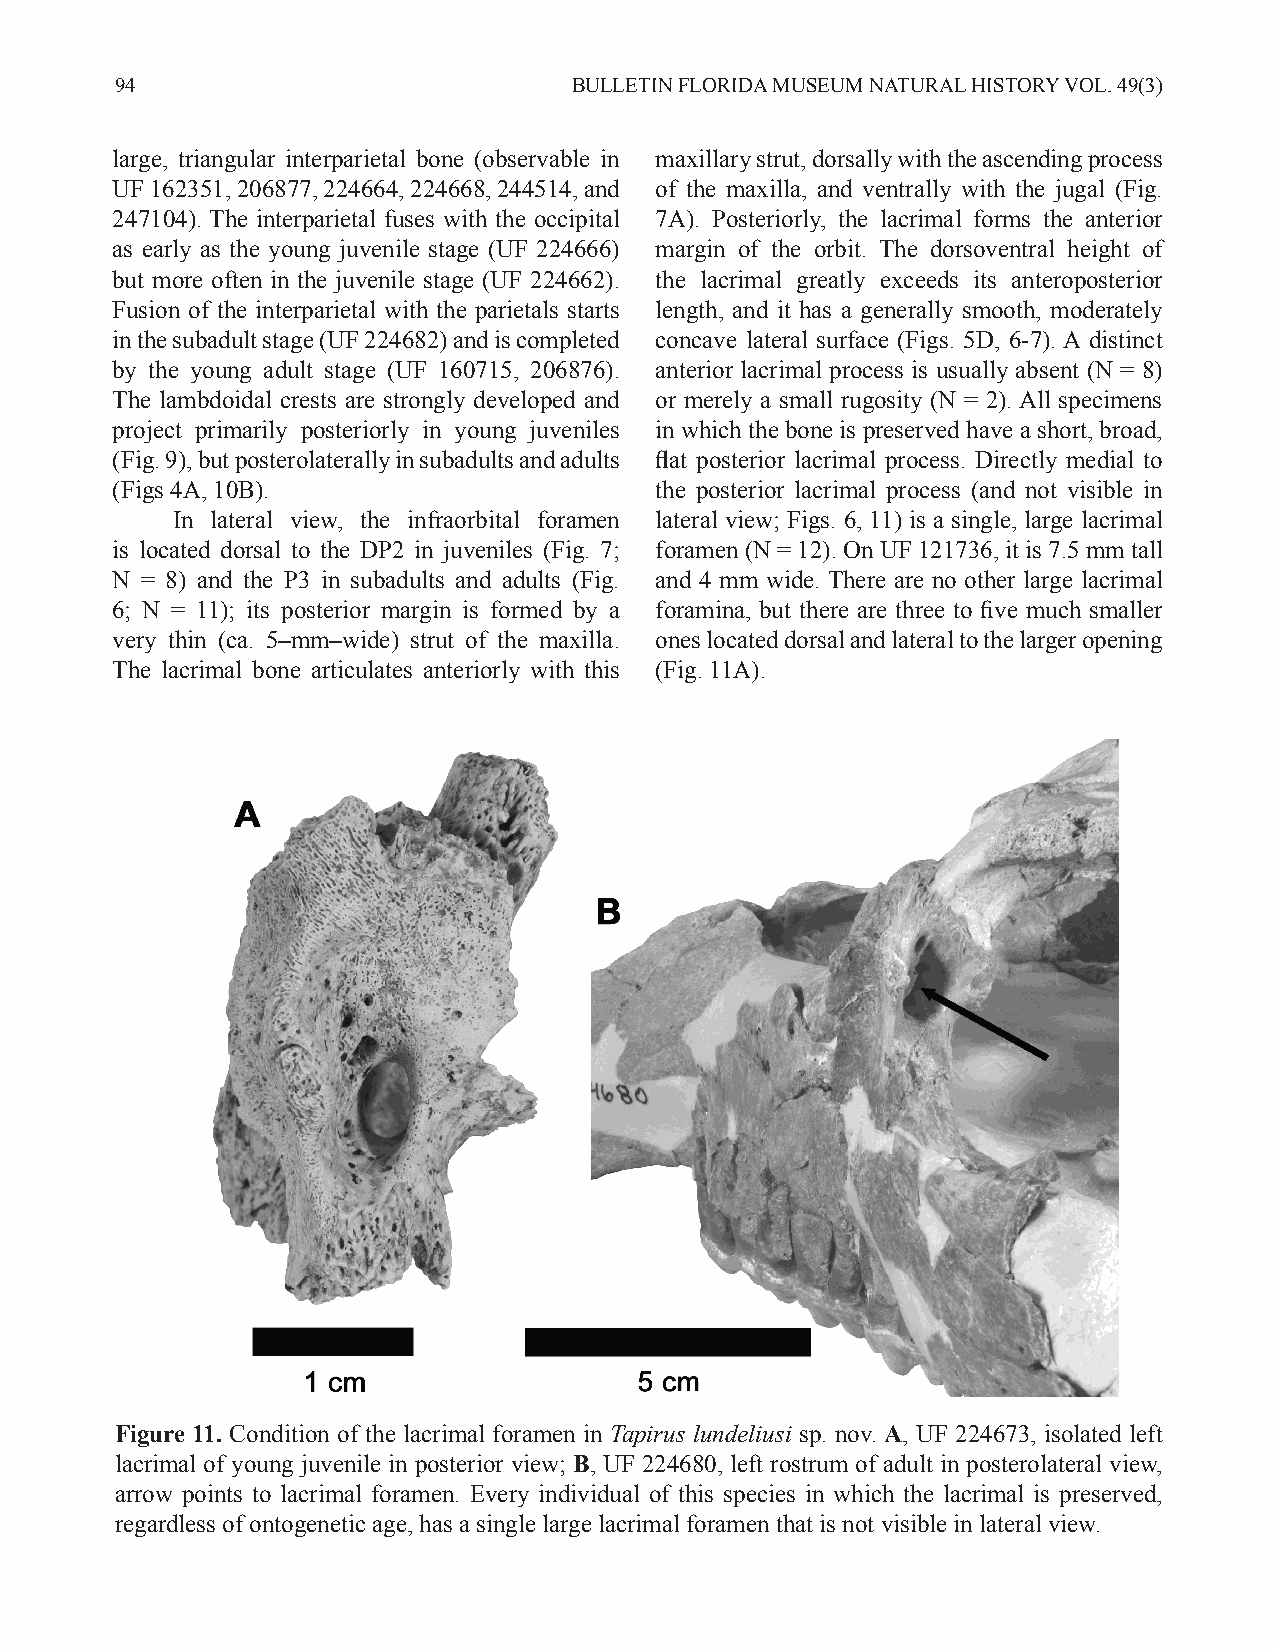
94                            BULLETIN FLORIDA MUSEUM NATURAL HISTORY VOL. 49(3)
 large, triangular interparietal bone (observable in maxillary strut, dorsally with the ascending process
 UF 162351, 206877, 224664, 224668, 244514, and of the maxilla, and ventrally with the jugal (Fig.
 247104). The interparietal fuses with the occipital 7A). Posteriorly, the lacrimal forms the anterior
 as early as the young juvenile stage (UF 224666) margin of the orbit. The dorsoventral height of
 but more often in the juvenile stage (UF 224662). the lacrimal greatly exceeds its anteroposterior
 Fusion of the interparietal with the parietals starts length, and it has a generally smooth, moderately
 in the subadult stage (UF 224682) and is completed concave lateral surface (Figs. 5D, 6-7). A distinct
 by the young adult stage (UF 160715, 206876). anterior lacrimal process is usually absent (N = 8)
 The lambdoidal crests are strongly developed and or merely a small rugosity (N = 2). All specimens
 project primarily posteriorly in young juveniles in which the bone is preserved have a short, broad,
 (Fig. 9), but posterolaterally in subadults and adults flat posterior lacrimal process. Directly medial to
 (Figs 4A, 10B).                     the posterior lacrimal process (and not visible in
 In lateral view, the infraorbital foramen lateral view; Figs. 6, 11) is a single, large lacrimal
 is located dorsal to the DP2 in juveniles (Fig. 7; foramen (N = 12). On UF 121736, it is 7.5 mm tall
 N = 8) and the P3 in subadults and adults (Fig. and 4 mm wide. There are no other large lacrimal
 6; N = 11); its posterior margin is formed by a foramina, but there are three to five much smaller
 very thin (ca. 5–mm–wide) strut of the maxilla. ones located dorsal and lateral to the larger opening
 The lacrimal bone articulates anteriorly with this (Fig. 11A).
 Figure 11. Condition of the lacrimal foramen in Tapirus lundeliusi sp. nov. A, UF 224673, isolated left
 lacrimal of young juvenile in posterior view; B, UF 224680, left rostrum of adult in posterolateral view,
 arrow points to lacrimal foramen. Every individual of this species in which the lacrimal is preserved,
 regardless of ontogenetic age, has a single large lacrimal foramen that is not visible in lateral view.